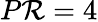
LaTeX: P\mathcal{R}=4